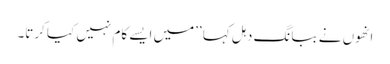
انھوں نے ببانگ دہل کہا ’’میں ایسے کام نہیں کیا کرتا۔